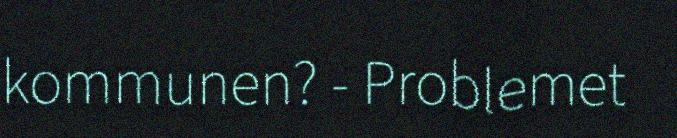
kommunen? - Problemet